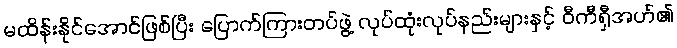
မထိန်းနိုင်အောင်ဖြစ်ပြီး ပြောက်ကြားတပ်ဖွဲ့ လုပ်ထုံးလုပ်နည်းများနှင့် ဝီကီရှီအဟ်၏